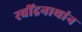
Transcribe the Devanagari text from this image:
रवींद्रनाथांन